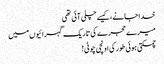
خدا جانے، کیسے چلی آئی تھی
میرے حجرے کی تاریک گہرائیوں میں
چمکتی ہوئی طور کی اونچی چوٹی!